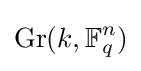
\mathrm {Gr} (k,\mathbb {F} _{q}^{n})